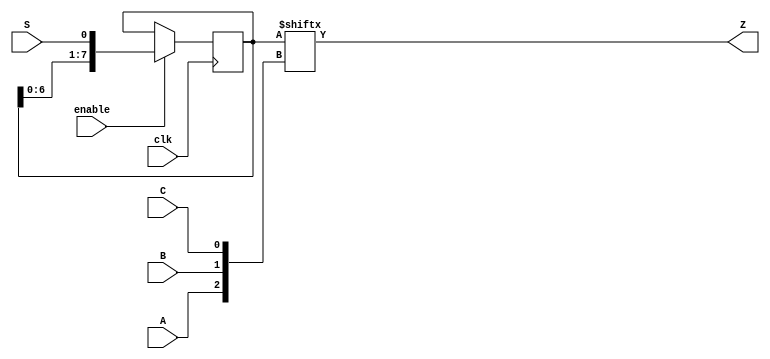
module top_module (
    input clk,
    input enable,
    input S,
    input A, B, C,
    output Z 
    );

    reg  [7:0]  q;

    always@(posedge clk)begin
	if(enable)
	    q <= {q[6:0], S};
        else
	    q <= q;
    end

    assign Z = q[{A,B,C}];

endmodule